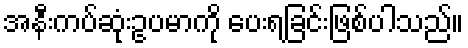
အနီးကပ်ဆုံးဥပမာကို ပေးရခြင်းဖြစ်ပါသည်။